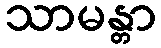
သာမန္တာ